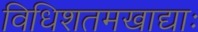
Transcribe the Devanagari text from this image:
विधिशतमखाद्याः